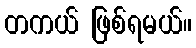
တကယ် ဖြစ်ရမယ်။